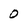
Character: 0